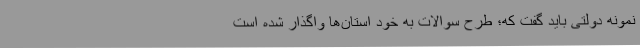
نمونه دولتی باید گفت که؛ طرح سوالات به خود استان‌ها واگذار شده است